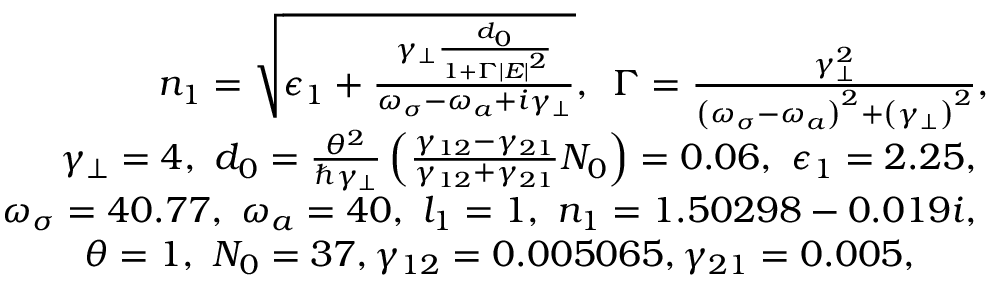
\begin{array} { r } { n _ { 1 } = \sqrt { \epsilon _ { 1 } + \frac { \gamma _ { \perp } \frac { d _ { 0 } } { 1 + \Gamma \left| E \right| ^ { 2 } } } { \omega _ { \sigma } - \omega _ { a } + i \gamma _ { \perp } } } , \, \, \, \Gamma = \frac { \gamma _ { \perp } ^ { 2 } } { \left( \omega _ { \sigma } - \omega _ { a } \right) ^ { 2 } + \left( \gamma _ { \perp } \right) ^ { 2 } } , \, \, \, \, \, \, \, \, \, \, \, \, \, \, \, \, \, \, \, \, \, \, \, \, \, \, } \\ { \gamma _ { \perp } = 4 , \, \, d _ { 0 } = \frac { \theta ^ { 2 } } { \hbar \gamma _ { \perp } } \left( \frac { \gamma _ { 1 2 } - \gamma _ { 2 1 } } { \gamma _ { 1 2 } + \gamma _ { 2 1 } } N _ { 0 } \right) = 0 . 0 6 , \, \, \epsilon _ { 1 } = 2 . 2 5 , \, \, \, \, \, \, \, \, \, \, \, \, \, \, \, \, \, \, \, \, \, \, \, \, \, \, \, \, } \\ { \omega _ { \sigma } = 4 0 . 7 7 , \, \, \omega _ { a } = 4 0 , \, \, l _ { 1 } = 1 , \, \, n _ { 1 } = 1 . 5 0 2 9 8 - 0 . 0 1 9 i , \, \, \, \, \, \, \, \, \, \, \, \, \, \, \, \, \, \, \, \, \, \, \, \, \, \, \, \, } \\ { \, \, \theta = 1 , \, \, N _ { 0 } = 3 7 , \gamma _ { 1 2 } = 0 . 0 0 5 0 6 5 , \gamma _ { 2 1 } = 0 . 0 0 5 , \, \, \, \, \, \, \, \, \, \, \, \, \, \, \, \, \, \, \, \, \, \, \, \, \, \, \, \, \, \, \, \, \, \, \, \, \, \, } \end{array}